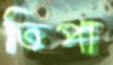
তিপা